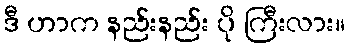
ဒီ ဟာက နည်းနည်း ပို ကြီးလား။